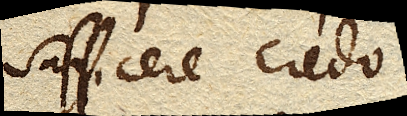
sufficere credo.